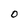
Character: O